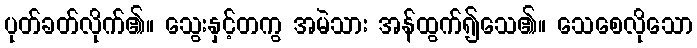
ပုတ်ခတ်လိုက်၏။ သွေးနှင့်တကွ အမဲသား အန်ထွက်၍သေ၏။ သေစေလိုသော